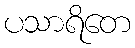
ပသာရိတေ